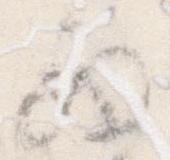
西